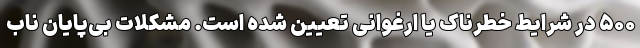
۵۰۰ در شرایط خطرناک یا ارغوانی تعیین شده است. مشکلات بی‌پایان ناب